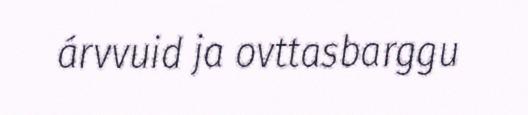
árvvuid ja ovttasbarggu